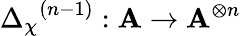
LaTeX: {{\Delta}_{\chi}}^{(n-1)}:\mathbf{A}\rightarrow{\mathbf{A}}^{\otimes n}